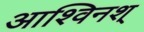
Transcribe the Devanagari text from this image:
आश्विनश्